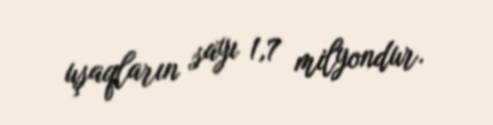
uşaqların sayı 1,7 milyondur.